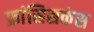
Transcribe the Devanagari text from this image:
फ्रांसिसकंस